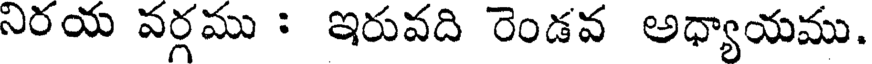
నిరయ వర్గము : ఇరువది రెండవ అధ్యాయము.